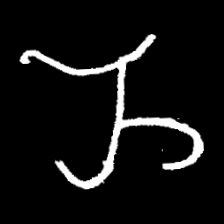
Pyu character \u2014 Myanmar letter: ည (romanized: nya)